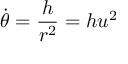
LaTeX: { \dot { \theta } } = { \frac { h } { r ^ { 2 } } } = h u ^ { 2 }